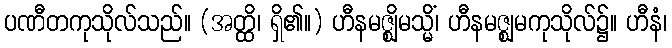
ပဏီတကုသိုလ်သည်။ (အတ္ထိ၊ ရှိ၏။) ဟီနမဇ္ဈိမသ္မိံ၊ ဟီနမဇ္ဈမကုသိုလ်၌။ ဟီနံ၊